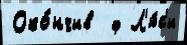
Око́нчив  ф Л'ю́с'и